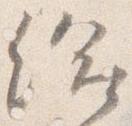
給